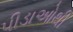
પીડાઓથી